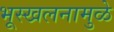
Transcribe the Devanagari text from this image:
भूस्खलनामुळे